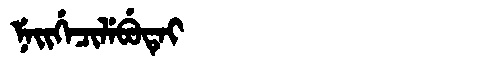
Manchu: ᠨᡝᡳᡤᡝᠴᡳᠯᡝᠪᡠᡨᡝᡳ
Romanization: NEIGECILEBUTEI